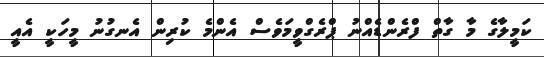
ކަމީލާގެ މާ ގާތް ފްރެންޑެއްނު ޕްރެގްވީމަވެސް އެންމެ ކުރިން އެނގުނު މީހަކީ އެއީ